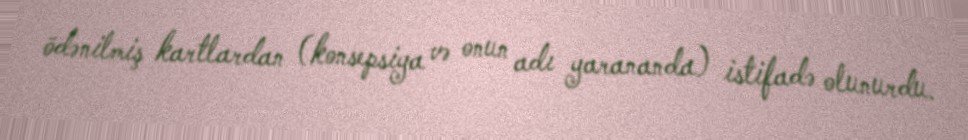
ödənilmiş kartlardan (konsepsiya və onun adı yarananda) istifadə olunurdu.